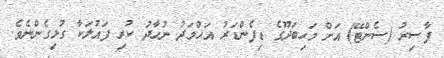
ފާސިރު (ސެންޓޭ) އަށް މަހިބަދޫގެ ޑިފެންޑަރު އަޙްމަދު ނުހާދު ކުރި ފައުލަކާ ގުޅިގެންނެވެ.